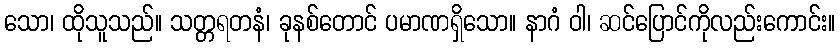
သော၊ ထိုသူသည်။ သတ္တရတနံ၊ ခုနစ်တောင် ပမာဏရှိသော။ နာဂံ ဝါ၊ ဆင်ပြောင်ကိုလည်းကောင်း။